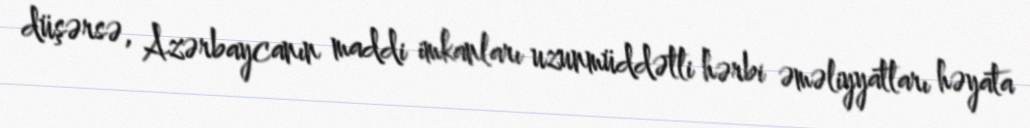
düşərsə, Azərbaycanın maddi imkanları uzunmüddətli hərbi əməliyyatları həyata